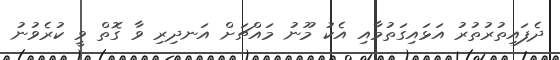
ދެފައިތުރުތުރު އަޅައިގަތުމާއި އެކު މޫނު މައްޗަށް އަނދިރި ވާ ގޮތް ވީ ކުރެވުނު